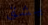
يشق